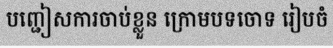
បញ្ជៀសការចាប់ខ្លួន ក្រោមបទចោទ រៀបចំ